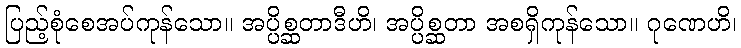
ပြည့်စုံစေအပ်ကုန်သော။ အပ္ပိစ္ဆတာဒီဟိ၊ အပ္ပိစ္ဆတာ အစရှိကုန်သော။ ဂုဏေဟိ၊